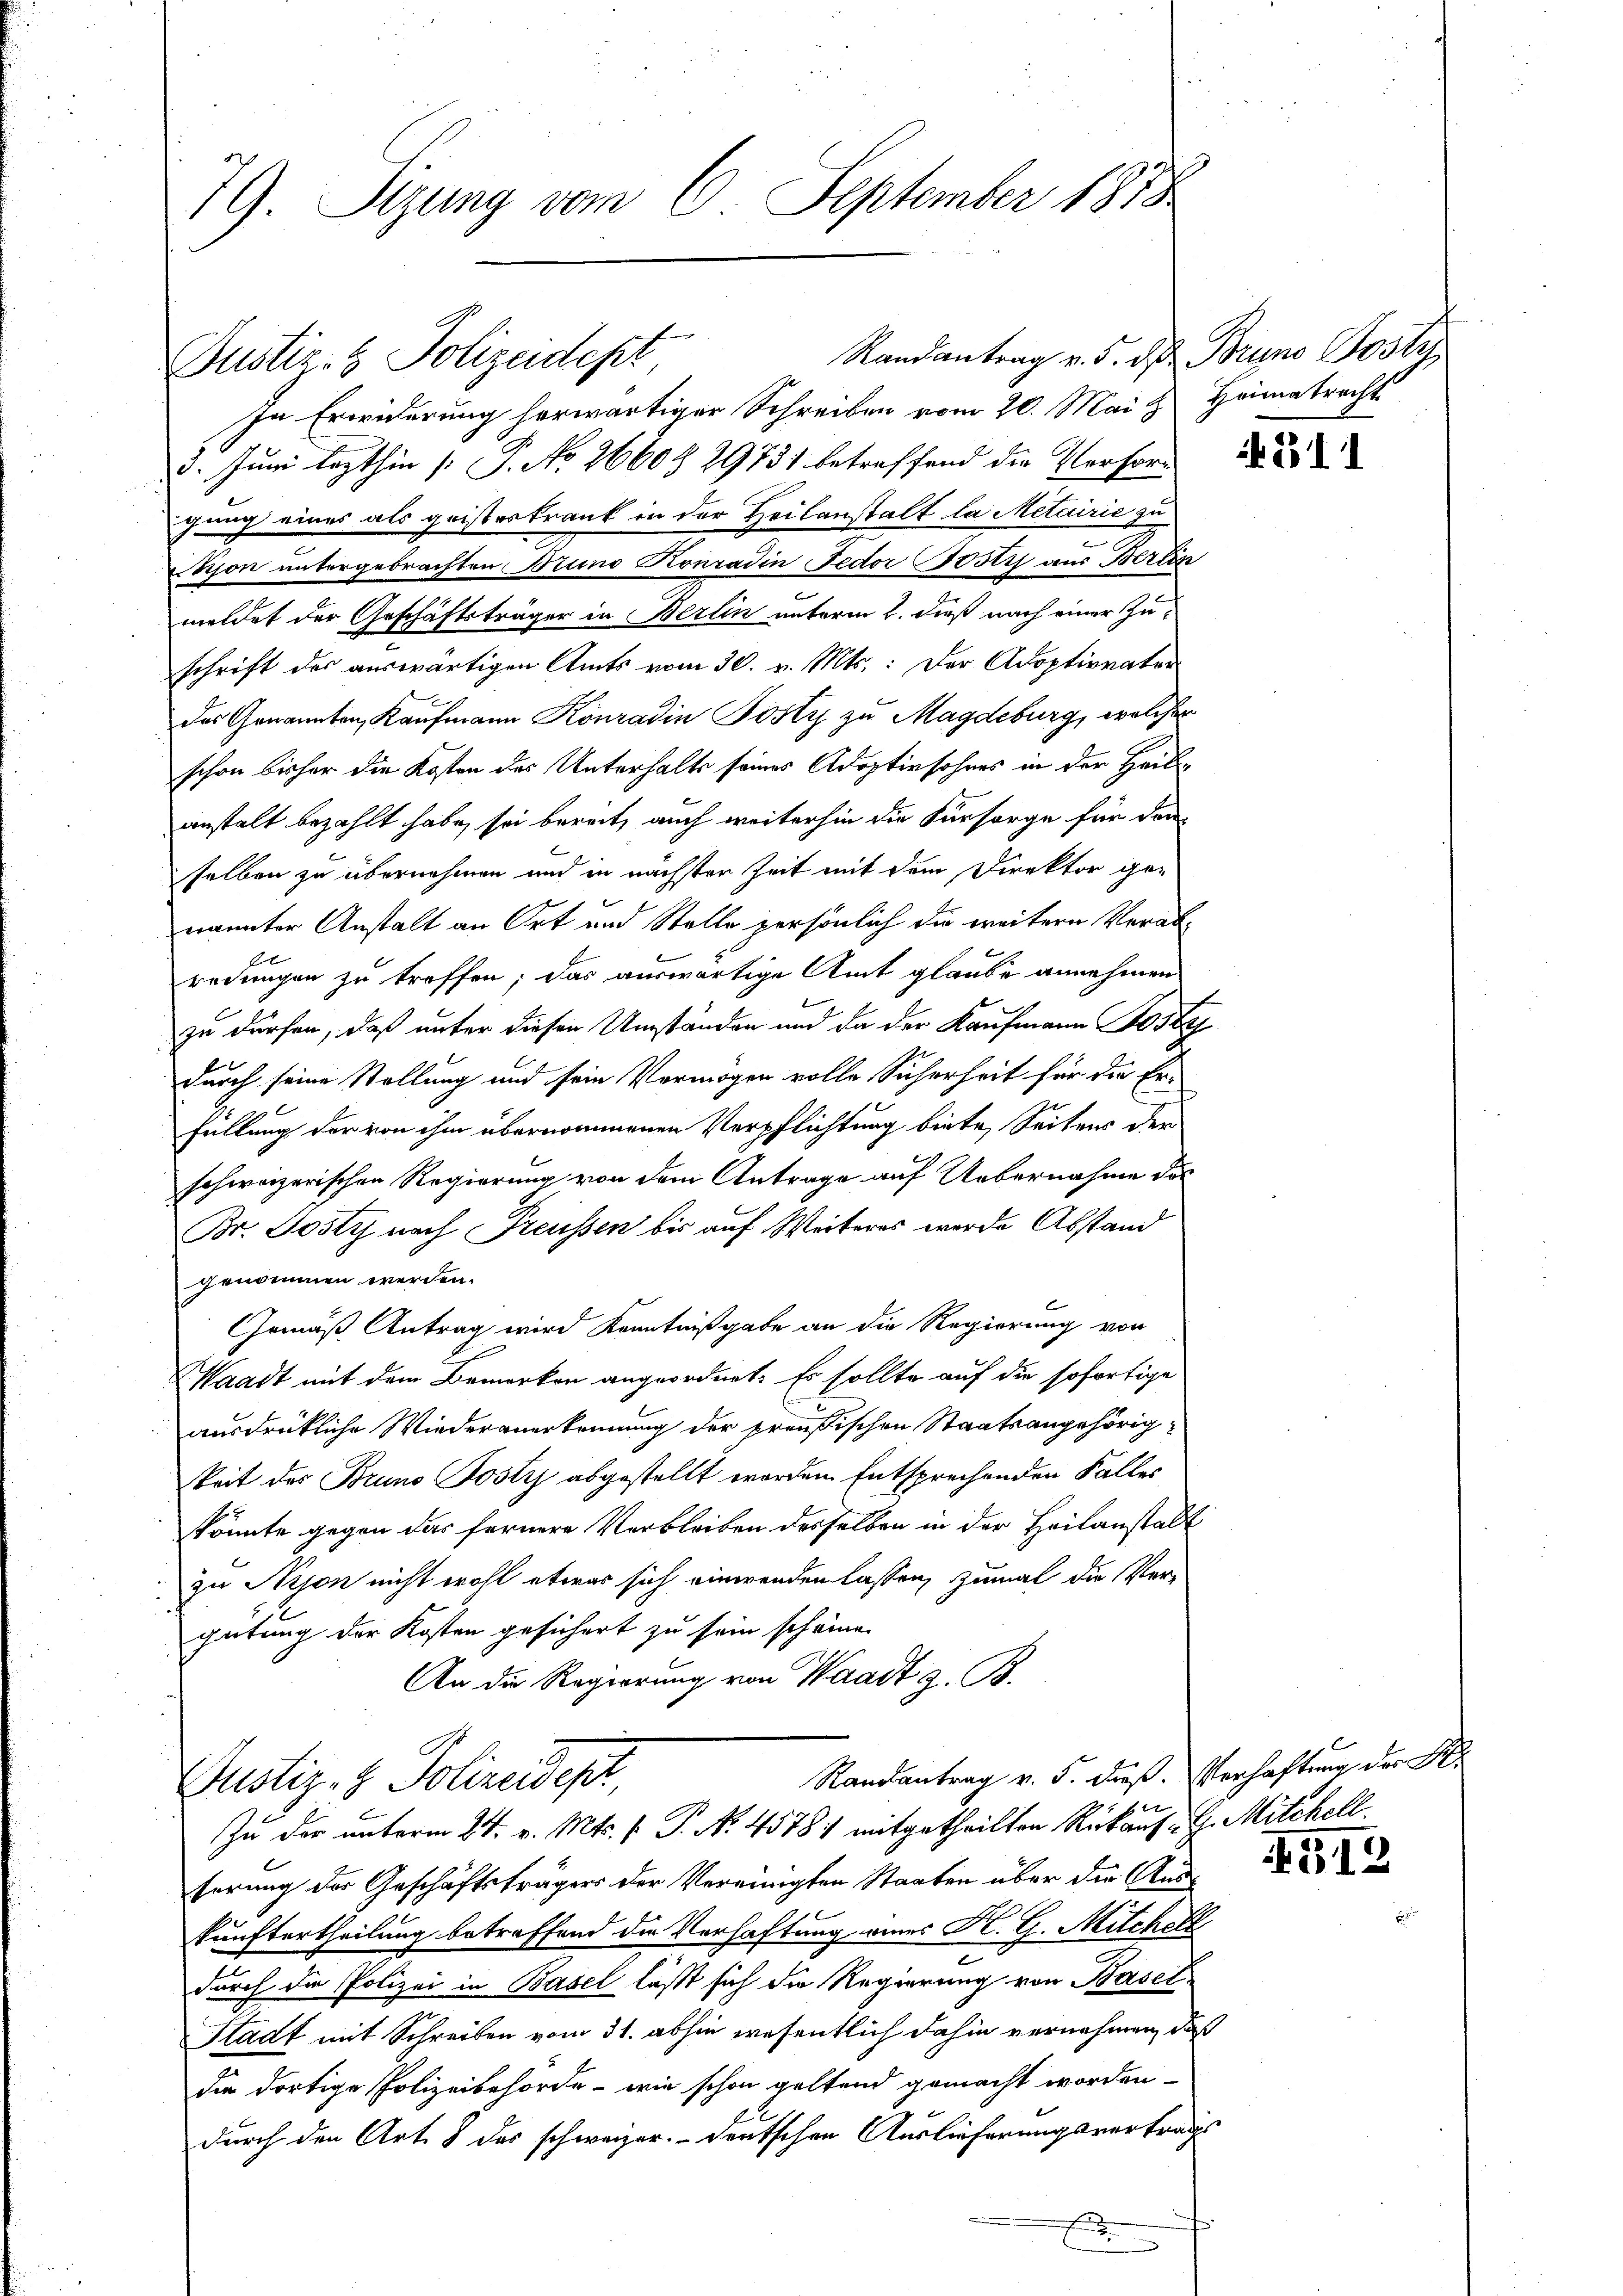
79. Sizung vom 6. September 1818

Randantrag v. 5. d. Bruno Jost
In Erwiderung herwärtiger Schreiben vom 20. Mai & Heimatracht
3. Juni lezthin [P. No 2660 § 29731 betreffend die Perforgung eines als geisteskrank in der Heilanstalt la Metairie zu
Schon untergebrachten Bruno Konradin Fedor votis aus Berlin
meldet der Geschäftsträger in Berlin unterm 2. dieß nach einer Zuschrift des auswärtigen Amts vom 30. v. Mts.: Der Adoptivvater
das Genannten, Kaufmann Konradin Pösty zu Magdeburg, welcher
schon bisher die Kosten des Unterhalts seines Adoptirsohnes in der Heilanstalt bezahlt habe, sei bereit, auch weiterhin die Fürsorge für den
selben zu übernehmen und in nächster Zeit mit dem Direktor genannter Anstalt an Ort und Stelle persönlich die weitern Verabredungen zu treffen; das auswärtige Amt glaube annehmen
zu dürfen, daß unter diesen Umständen und da der Kaufmann Koste
durch seine Stellung und sein Vermögen volle Sicherheit für die Er-
füllung der von ihm übernommenen Verpflichtung biete, Seitens der
schweizerischen Regierung von dem Antrage auf Uebernahme des
Br. Josty nach Freussen bis auf Weiteres wurde Abstand
genommen werden.
Gemäß Antrag wird Kenntnißgabe an die Regierung von
Waadt mit dem Bemerken angeordnet: Es sollte auf die sofortige
ausdrückliche Wiederanerkennung der preußischen Staatsangehörigkeit des Bruno Jostyj abgestellt worden Entsprechenden Falles
könnte gegen das fernere Verbleiben desselben in der Heilanstalt
zu Nijon nicht wohl etwas sich einwenden lassen, zumal die Ver-
gütung der Kosten gesichert zu sein scheine.
An die Regierung von Waadt z. B.
Randantrag v. 5. dieß. Verhaftung der K.

Justiz- & Polizeidept,

Dustiz- & Polizeidept
Zu der unterm 21. v. Mts. f. P. No. 45781 mitgetheilten Rükauf G. Mitchell

terung der Geschäftsträgers der Vereinigten Staaten über die Auskunftertheilung betreffend die Verhaftung eines H. G. Mitchell
durch die Polizei in Basel läßt sich die Regierung von Basel
Stadt mit Schreiben vom 31. abhin wesentlich dahin vernehmen, daß
die dortige Polizeibehörde - wie schon geltend gemacht worden.
durch den Art. 8 des schweizer- deutschen Auslieferungsvertrags

311

G12